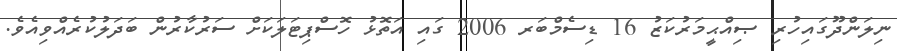
ނިލަންދޫގައިހުރި ޞިއްޙީމަރުކަޒު 16 ޑިސެމްބަރ 2006 ގައި އަތޮޅު ހޮސްޕިޓަލަކަށް ސަރުކާރުން ބަދަލުކުރެއްވިއެވެ.